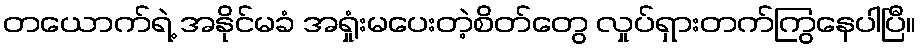
တယောက်ရဲ့ အနိုင်မခံ အရှုံးမပေးတဲ့စိတ်တွေ လှုပ်ရှားတက်ကြွနေပါပြီ။